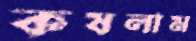
কষলাম